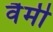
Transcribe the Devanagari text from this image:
वैमी